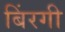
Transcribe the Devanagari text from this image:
बिंरगी